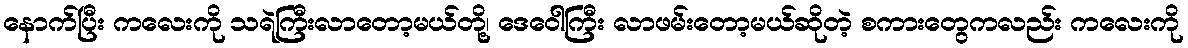
နောက်ပြီး ကလေးကို သရဲကြီးလာတော့မယ်တို့၊ ဒေဝေါကြီး လာဖမ်းတော့မယ်ဆိုတဲ့ စကားတွေကလည်း ကလေးကို